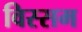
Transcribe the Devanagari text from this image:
विस्सम